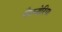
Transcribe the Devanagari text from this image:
पैरानोरिया